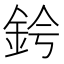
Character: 𫒑